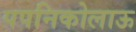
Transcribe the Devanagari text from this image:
पपनिकोलाऊ